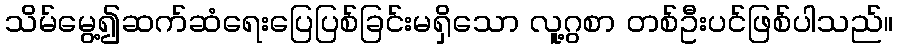
သိမ်မွေ့၍ဆက်ဆံရေးပြေပြစ်ခြင်းမရှိသော လူ့ဂွစာ တစ်ဦးပင်ဖြစ်ပါသည်။